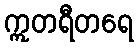
ဣတရီတရေ